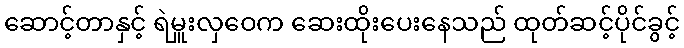
ဆောင့်တာနှင့် ရဲမှူးလှဝေက ဆေးထိုးပေးနေသည် ထုတ်ဆင့်ပိုင်ခွင့်